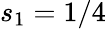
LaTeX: s_{1}=1/4